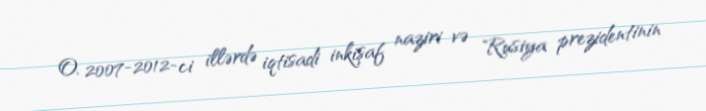
O, 2007-2012-ci illərdə iqtisadi inkişaf naziri və Rusiya prezidentinin